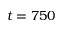
t = 7 5 0